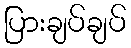
ပြားချပ်ချပ်